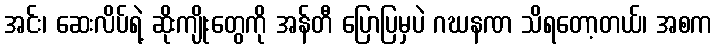
အင်း၊ ဆေးလိပ်ရဲ့ ဆိုးကျိုးတွေကို အန်တီ ပြောပြမှပဲ ဂဃနဏ သိရတော့တယ်၊ အစက